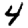
Digit: 4